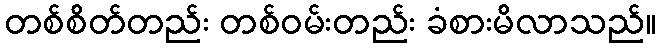
တစ်စိတ်တည်း တစ်ဝမ်းတည်း ခံစားမိလာသည်။